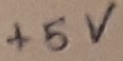
Text: +5V